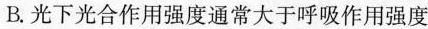
B. 光下光合作用强度通常大于呼吸作用强度